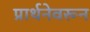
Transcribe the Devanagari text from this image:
प्रार्थनेवरून